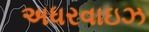
અધરવાઇઝ